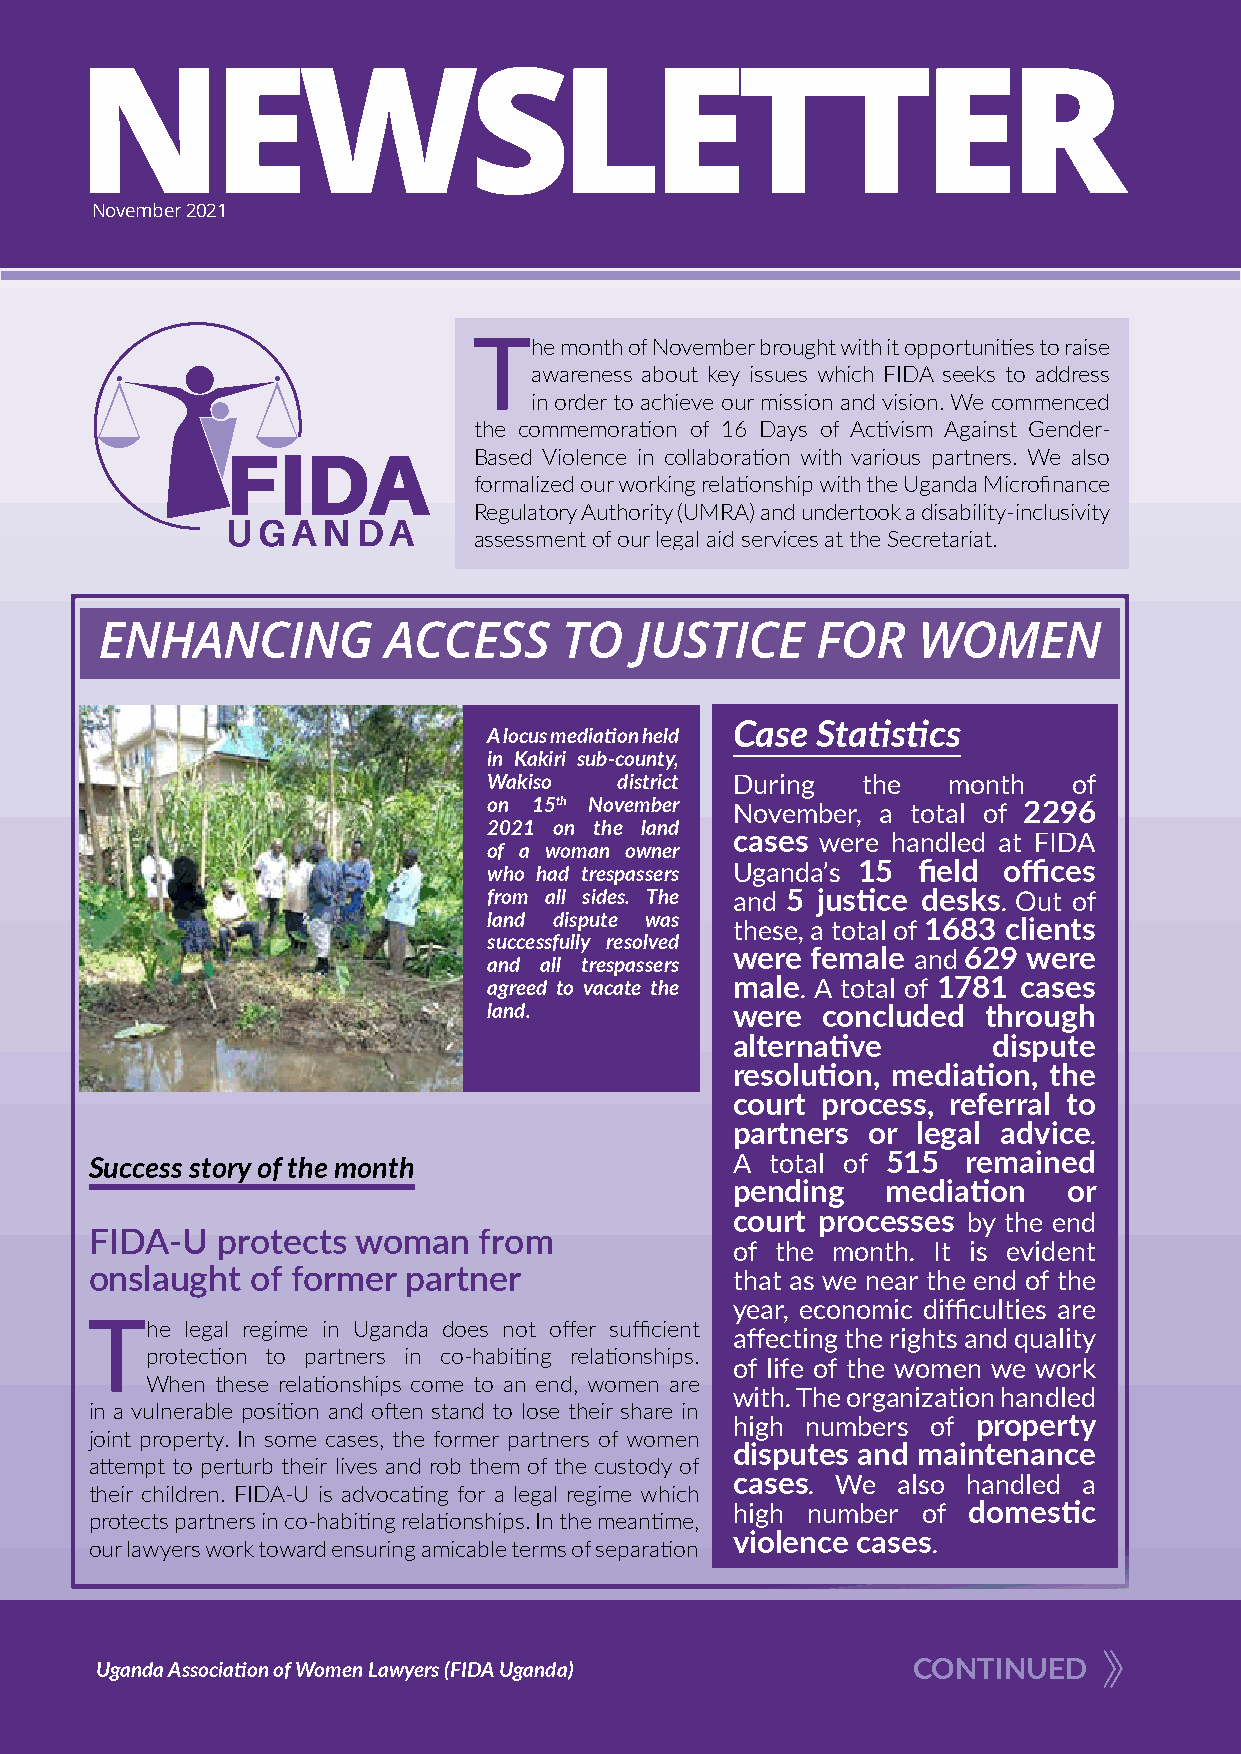
November 2021
 The   month of November brought with it opportunities to raise
 awareness about key issues which FIDA seeks to address
 in order to achieve our mission and vision. We commenced
 the commemoration of 16 Days of Activism Against Gender-
 Based Violence in collaboration with various partners. We also
 formalized our working relationship with the Uganda Microfinance
 Regulatory Authority (UMRA) and undertook a disability-inclusivity
 assessment of our legal aid services at the Secretariat.
 ENHANCING         ACCESS      TO   JUSTICE     FOR    WOMEN
 Case Statistics
 A locus mediation held
 in Kakiri sub-county,
 Wakiso   district During the   month   of
 on 15th November November, a total of 2296
 2021 on the land
 cases were handled at FIDA
 of a woman owner
 who had trespassers Uganda’s 15 field offices
 from all sides. The and 5 justice desks. Out of
 land dispute was these, a total of 1683 clients
 successfully resolved
 were female and 629 were
 and all trespassers
 agreed to vacate the male. A total of 1781 cases
 land.            were concluded  through
 alternative      dispute
 resolution, mediation, the
 court process, referral to
 partners or legal advice.
 Success story of the month                 A total of 515 remained
 pending   mediation   or
 court processes by the end
 FIDA-U  protects  woman   from
 of the month. It is evident
 onslaught  of former partner               that as we near the end of the
 year, economic difficulties are
 The   legal regime in Uganda does not offer sufficient
 affecting the rights and quality
 protection to partners in co-habiting relationships.
 of life of the women we work
 When these relationships come to an end, women are
 with. The organization handled
 in a vulnerable position and often stand to lose their share in
 high numbers of property
 joint property. In some cases, the former partners of women
 disputes and maintenance
 attempt to perturb their lives and rob them of the custody of
 cases. We also handled a
 their children. FIDA-U is advocating for a legal regime which
 high number of domestic
 protects partners in co-habiting relationships. In the meantime,
 violence cases.
 our lawyers work toward ensuring amicable terms of separation
 Uganda Association of Women Lawyers (FIDA Uganda)     CONTINUED
 FIDA Uganda | November 2021      1